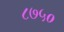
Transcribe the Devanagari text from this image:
८७५०